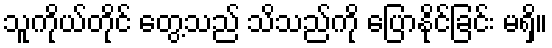
သူကိုယ်တိုင် တွေ့သည် သိသည်ကို ပြောနိုင်ခြင်း မရှိ။